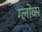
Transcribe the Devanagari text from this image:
ग्लोव्स